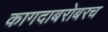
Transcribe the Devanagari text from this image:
कागदाबरोबरच